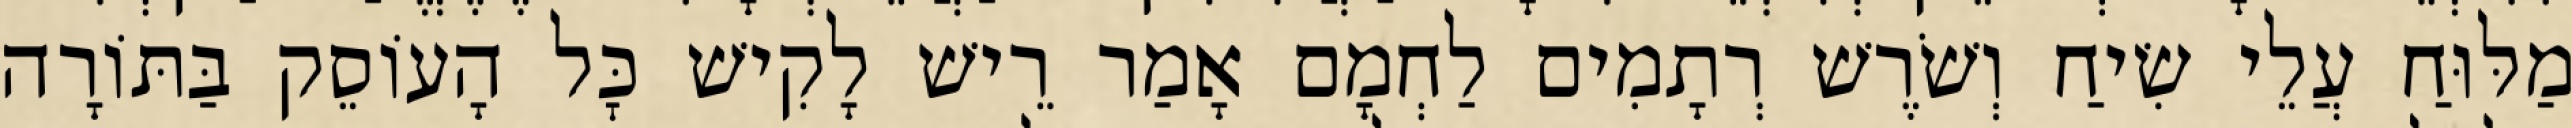
מַלּוּחַ עֲלֵי שִׂיחַ וְשֹׁרֶשׁ רְתָמִים לַחְמָם אָמַר רֵישׁ לָקִישׁ כׇּל הָעוֹסֵק בַּתּוֹרָה